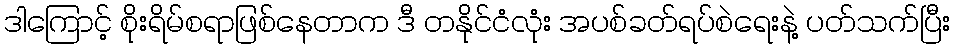
ဒါကြောင့် စိုးရိမ်စရာဖြစ်နေတာက ဒီ တနိုင်ငံလုံး အပစ်ခတ်ရပ်စဲရေးနဲ့ ပတ်သက်ပြီး